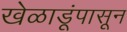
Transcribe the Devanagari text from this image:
खेळाडूंपासून